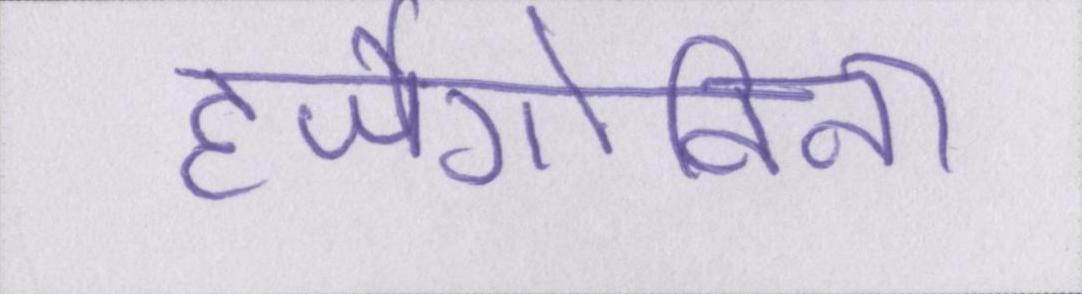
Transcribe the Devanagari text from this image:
हर्जेगोविना